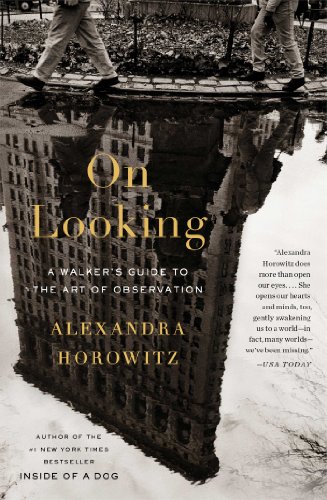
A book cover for On Looking: A Walker's Guide to the Art of Observation; Alexandra Horowitz; Science & Math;